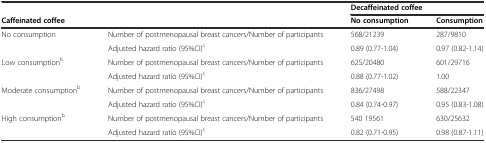
<table><thead><tr><td colspan="2"></td><td colspan="2"><b>Decaffeinated coffee</b></td></tr><tr><td colspan="2"><b>Caffeinated coffee</b></td><td><b>No consumption</b></td><td><b>Consumption</b></td></tr></thead><tbody><tr><td rowspan="2">No consumption</td><td>Number of postmenopausal breast cancers/Number of participants</td><td>568/21239</td><td>287/9810</td></tr><tr><td>Adjusted hazard ratio (95%CI)<sup>c</sup></td><td>0.89 (0.77-1.04)</td><td>0.97 (0.82-1.14)</td></tr><tr><td>Low consumption<sup>b</sup></td><td>Number of postmenopausal breast cancers/Number of participants</td><td>625/20480</td><td>601/29716</td></tr><tr><td></td><td>Adjusted hazard ratio (95%CI)<sup>c</sup></td><td>0.88 (0.77-1.02)</td><td>1.00</td></tr><tr><td rowspan="2">Moderate consumption<sup>b</sup></td><td>Number of postmenopausal breast cancers/Number of participants</td><td>836/27498</td><td>588/22347</td></tr><tr><td>Adjusted hazard ratio (95%CI)<sup>c</sup></td><td>0.84 (0.74-0.97)</td><td>0.95 (0.83-1.08)</td></tr><tr><td rowspan="2">High consumption<sup>b</sup></td><td>Number of postmenopausal breast cancers/Number of participants</td><td>540 19561</td><td>630/25632</td></tr><tr><td>Adjusted hazard ratio (95%CI)<sup>c</sup></td><td>0.82 (0.71-0.95)</td><td>0.98 (0.87-1.11)</td></tr></tbody></table>